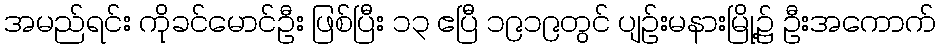
အမည်ရင်း ကိုခင်မောင်ဦး ဖြစ်ပြီး ၁၃ ဧပြီ ၁၉၁၉တွင် ပျဉ်းမနားမြို့၌ ဦးအကောက်